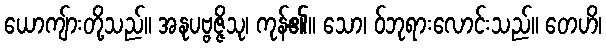
ယောကျ်ားတို့သည်။ အနုပဗ္ဗဇ္ဇိသု၊ ကုန်၏။ သော၊ ဝ်ဘုရားလောင်းသည်။ တေဟိ၊